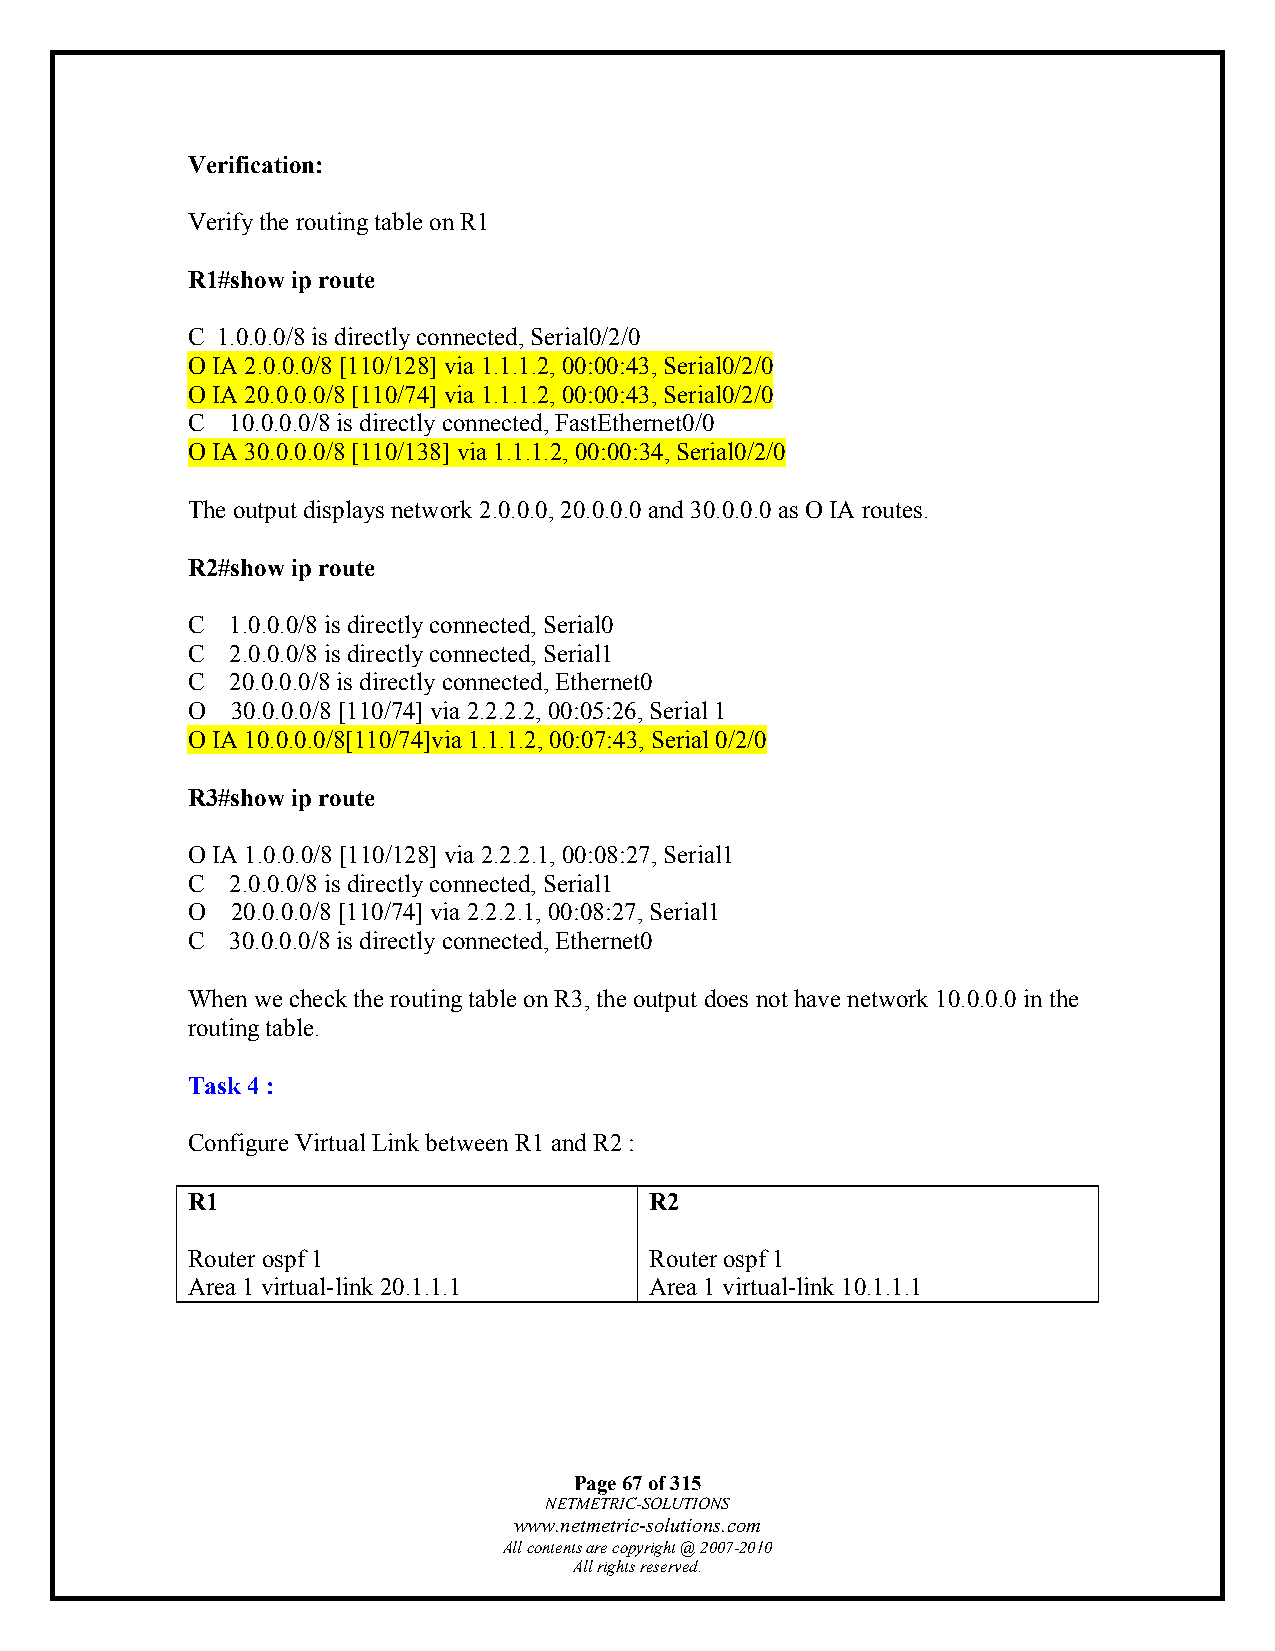
Verification:
 Verify the routing table on R1
 R1#show ip route
 C 1.0.0.0/8 is directly connected, Serial0/2/0
 O IA 2.0.0.0/8 [110/128] via 1.1.1.2, 00:00:43, Serial0/2/0
 O IA 20.0.0.0/8 [110/74] via 1.1.1.2, 00:00:43, Serial0/2/0
 C  10.0.0.0/8 is directly connected, FastEthernet0/0
 O IA 30.0.0.0/8 [110/138] via 1.1.1.2, 00:00:34, Serial0/2/0
 The output displays network 2.0.0.0, 20.0.0.0 and 30.0.0.0 as O IA routes.
 R2#show ip route
 C  1.0.0.0/8 is directly connected, Serial0
 C  2.0.0.0/8 is directly connected, Serial1
 C  20.0.0.0/8 is directly connected, Ethernet0
 O  30.0.0.0/8 [110/74] via 2.2.2.2, 00:05:26, Serial 1
 O IA 10.0.0.0/8[110/74]via 1.1.1.2, 00:07:43, Serial 0/2/0
 R3#show ip route
 O IA 1.0.0.0/8 [110/128] via 2.2.2.1, 00:08:27, Serial1
 C  2.0.0.0/8 is directly connected, Serial1
 O  20.0.0.0/8 [110/74] via 2.2.2.1, 00:08:27, Serial1
 C  30.0.0.0/8 is directly connected, Ethernet0
 When we check the routing table on R3, the output does not have network 10.0.0.0 in the
 routing table.
 Task 4 :
 Configure Virtual Link between R1 and R2 :
 R1                             R2
 Router ospf 1                  Router ospf 1
 Area 1 virtual-link 20.1.1.1   Area 1 virtual-link 10.1.1.1
 Page 67 of 315
 NETMETRIC-SOLUTIONS
 www.netmetric-solutions.com
 All contents are copyright @ 2007-2010
 All rights reserved.